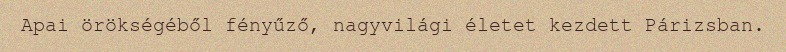
Apai örökségéből fényűző, nagyvilági életet kezdett Párizsban.